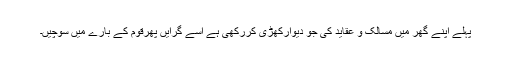
پہلے اپنے گھر میں مسالک و عقاید کی جو دیوارکھڑی کررکھی ہے اسے گرایں پھرقوم کے بارے میں سوچیں۔